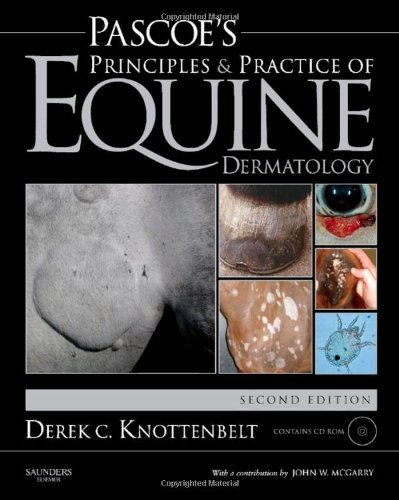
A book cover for Pascoe's Principles and Practice of Equine Dermatology, 2e; Derek C. Knottenbelt OBE  BVM&S  DVM&S  Dip ECEIM  MRCVS; Medical Books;